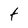
Character: t